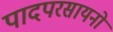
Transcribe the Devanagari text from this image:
पादपरसायनों